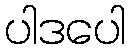
ပါဒပေါ